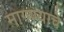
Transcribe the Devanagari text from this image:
मागण्याचे